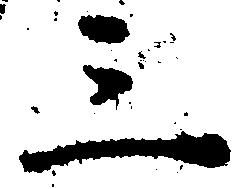
三